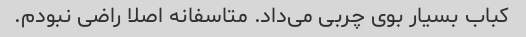
کباب بسیار بوی چربی می‌داد. متاسفانه اصلا راضی نبودم.